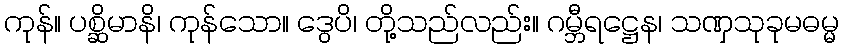
ကုန်။ ပစ္ဆိမာနိ၊ ကုန်သော။ ဒွေပိ၊ တို့သည်လည်း။ ဂမ္ဘီရဋ္ဌေန၊ သဏှသုခုမဓမ္မ